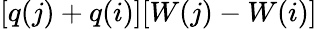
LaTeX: [q(j)+q(i)][W(j)-W(i)]